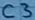
Text: C3